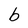
Character: b